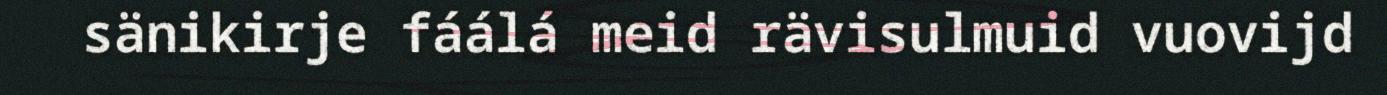
sänikirje fáálá meid rävisulmuid vuovijd